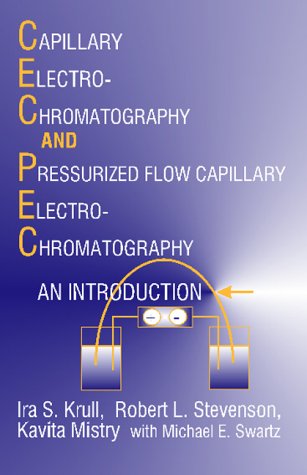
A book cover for Capillary Electrochromatography and Pressurized Flow Capillary Electrochromatography; Ira S. Krull; Science & Math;